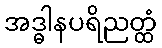
အဒ္ဓါနပရိညတ္ထံ